Annual statistical returns and brief notes on vaccination in Bengal - 1896-1909
Year: 1896
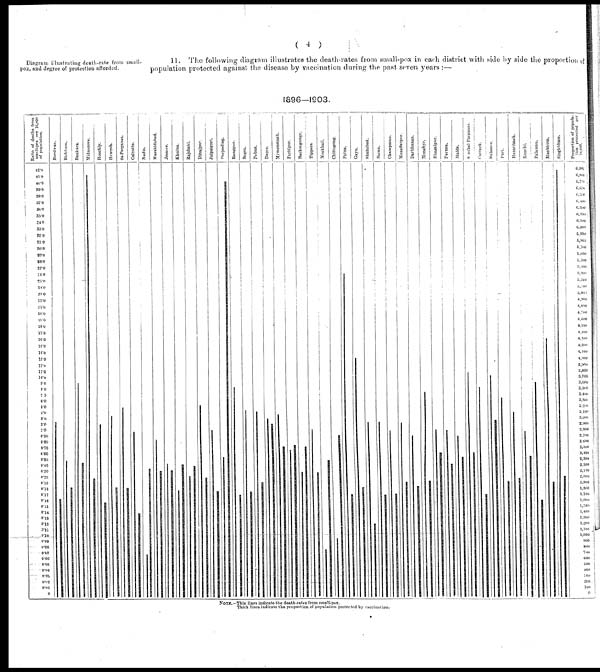
(4)
Diagram illustrating death-rate from small-
pox, and degree of protection afforded.
11. The following diagram illustrates the death-rates from small-pox in each district with side by side the proportion of
population protected against the disease by vaccination during the past seven years:—
1896—1903.
NOTE.—Thin lines indicate the death-rates from small-pox.
Thick lines indicate the proportion of population protected by vaccination.